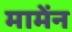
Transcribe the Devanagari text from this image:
मामेंन